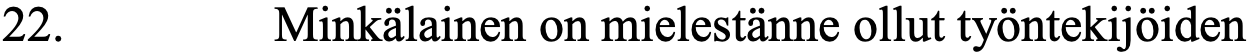
22.      Minkälainen on mielestänne ollut työntekijöiden